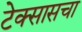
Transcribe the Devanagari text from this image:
टेक्सासचा